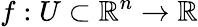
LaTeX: f:U\subset\mathbb{R}^{n}\to\mathbb{R}